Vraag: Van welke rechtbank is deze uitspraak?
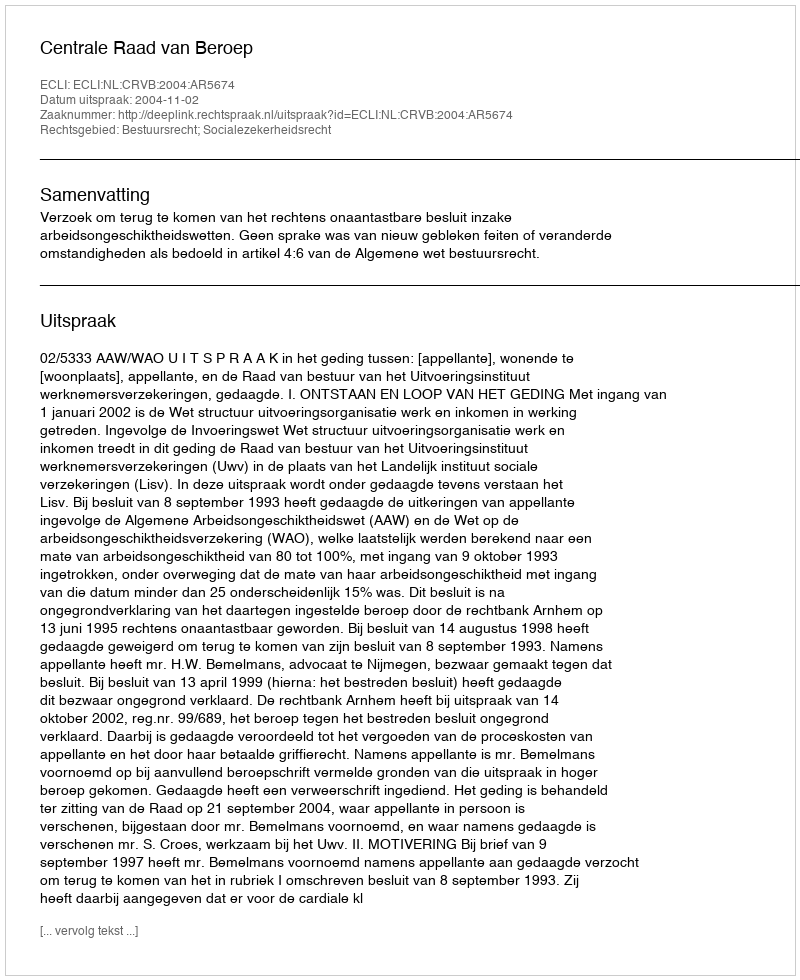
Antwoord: Centrale Raad van Beroep